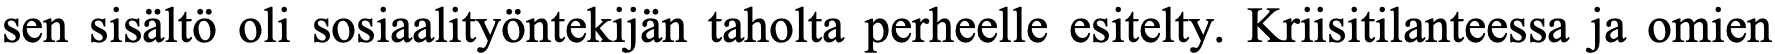
sen sisältö oli sosiaalityöntekijän taholta perheelle esitelty. Kriisitilanteessa ja omien